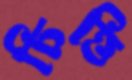
চিত্তি